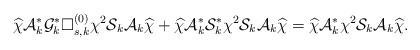
\begin{align*}\widehat\chi\mathcal{A}^*_k\mathcal{G}^*_k\Box^{(0)}_{s,k}\chi^2\mathcal{S}_k\mathcal{A}_k\widehat\chi+\widehat\chi\mathcal{A}^*_k\mathcal{S}^*_k\chi^2\mathcal{S}_k\mathcal{A}_k\widehat\chi=\widehat\chi\mathcal{A}^*_k\chi^2\mathcal{S}_k\mathcal{A}_k\widehat\chi.\end{align*}